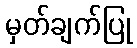
မှတ်ချက်ပြု